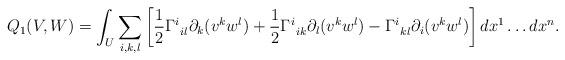
LaTeX: \begin{align*} Q_1(V,W) = \int_U \sum_{i,k,l} \left[ \frac12 \Gamma^i_{\: \: il} \partial_k (v^k w^l)+ \frac12 \Gamma^i_{\: \: ik} \partial_l (v^k w^l)- \Gamma^i_{\: \: kl} \partial_i (v^k w^l) \right] dx^1 \ldots dx^n.\end{align*}